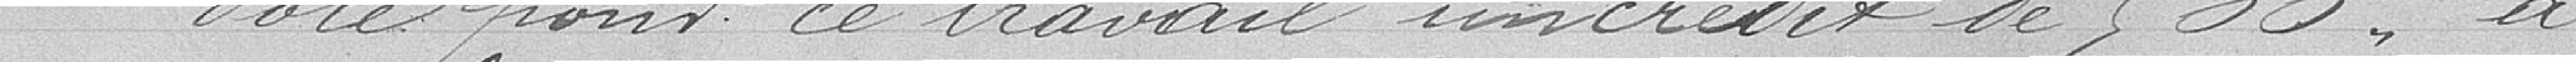
Vote pour ce travail un crédit de 500 francs à